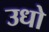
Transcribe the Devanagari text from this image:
उधो